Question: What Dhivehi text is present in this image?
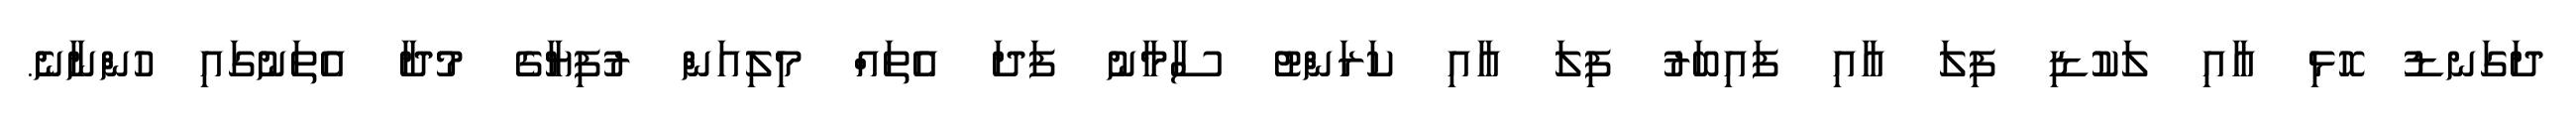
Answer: ދަގަނޑު ހޮޅި އާއި ލަކުޑި ފިލަ އާއި ފައިބަރު ފިލަ އާއި ކަރަންޓު ސާމާނު ފަދަ އެތައް މިލިއަން ރުފިޔާގެ މުދާ އެތަނުގައި ހުންނާނެ.